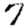
Digit: 7